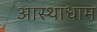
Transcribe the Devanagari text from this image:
आस्थाधाम